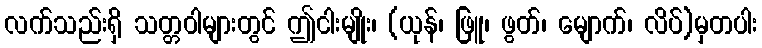
လက်သည်းရှိ သတ္တဝါများတွင် ဤငါးမျိုး၊ (ယုန်၊ ဖြူ၊ ဖွတ်၊ မျောက်၊ လိပ်)မှတပါး